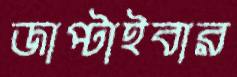
জাপ্‌টাইবার